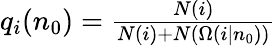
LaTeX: \begin{array}{r}{q_{i}(n_{0})=\frac{N(i)}{N(i)+N(\Omega(i|n_{0}))}}\end{array}